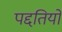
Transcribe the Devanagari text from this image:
पद्दतियों